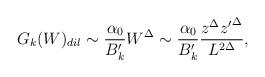
LaTeX: \begin{align*}G_k(W)_{dil} \sim { \alpha_0 \over {B'_k}} W^{\Delta} \sim { \alpha_0 \over {B'_k}}{ z^\Delta {z'}^{\Delta} \over L^{2\Delta} },\end{align*}